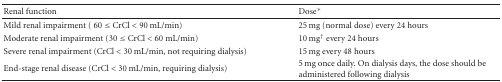
<table><thead><tr><td><b>Renal function </b></td><td><b>Dose*</b></td></tr></thead><tbody><tr><td>Mild renal impairment ( 60 ≤ CrCl &lt; 90 mL/min)</td><td>25 mg (normal dose) every 24 hours</td></tr><tr><td>Moderate renal impairment (30 ≤ CrCl &lt; 60 mL/min)</td><td>10 mg<sup>†</sup> every 24 hours</td></tr><tr><td>Severe renal impairment (CrCl &lt; 30 mL/min, not requiring dialysis)</td><td>15 mg every 48 hours</td></tr><tr><td>End-stage renal disease (CrCl &lt; 30 mL/min, requiring dialysis)</td><td>5 mg once daily. On dialysis days, the dose should be administered following dialysis</td></tr></tbody></table>